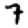
Digit: 7